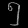
Digit: ၅